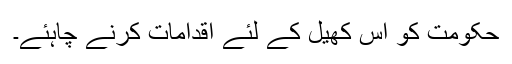
حکومت کو اس کھیل کے لئے اقدامات کرنے چاہئے۔